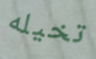
تخيله